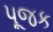
પૂજક